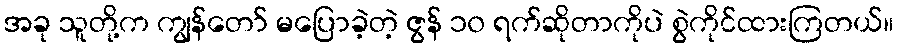
အခု သူတို့က ကျွန်တော် မပြောခဲ့တဲ့ ဇွန် ၁၀ ရက်ဆိုတာကိုပဲ စွဲကိုင်ထားကြတယ်။